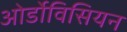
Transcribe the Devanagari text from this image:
ओर्डोविसियन